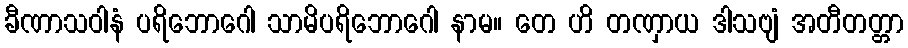
ခီဏာသဝါနံ ပရိဘောဂေါ သာမိပရိဘောဂေါ နာမ။ တေ ဟိ တဏှာယ ဒါသဗျံ အတီတတ္တာ